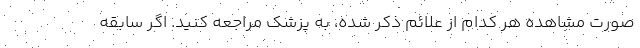
صورت مشاهده هر کدام از علائم ذکر شده، به پزشک مراجعه کنید. اگر سابقه